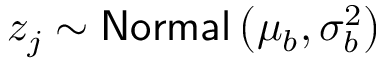
z _ { j } \sim \mathsf { N o r m a l } \left( \mu _ { b } , \sigma _ { b } ^ { 2 } \right)